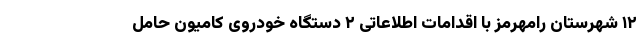
۱۲ شهرستان رامهرمز با اقدامات اطلاعاتی ۲ دستگاه خودروی کامیون حامل